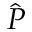
\hat { P }